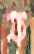
ফ